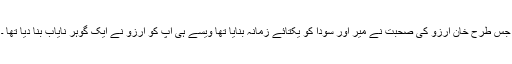
جس طرح خان آرزو کی صحبت نے میر اور سودا کو یکتائے زمانہ بنایا تھا ویسے ہی آپ کو آرزو نے ایک گوہر نایاب بنا دیا تھا ۔